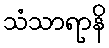
သံသာရာနိ